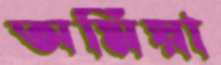
অমিয়া